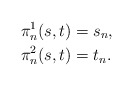
\begin{align*}\pi^1_n(s,t) & = s_n, \\\pi^2_n(s,t) & = t_n.\end{align*}